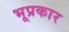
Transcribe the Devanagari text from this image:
भूप्रकार